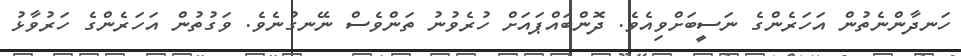
ހަނދާންނެތުން އަހަރެންގެ ނަސީބަށްވިއެވެ. ދޮންބައްޕައަށް ހުރެވުނު ތަންވެސް ނޭނގުނެވެ. ވަގުތުން އަހަރެންގެ ހަރުވާޅު